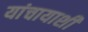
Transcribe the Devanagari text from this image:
यांचायाशी